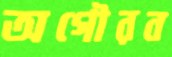
অগৌরব